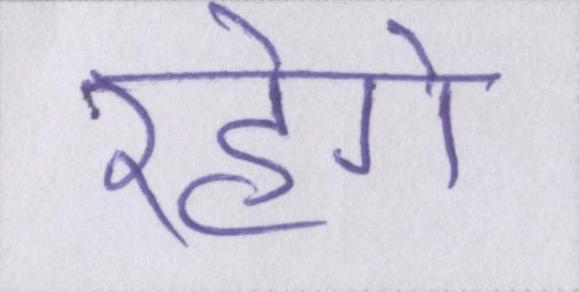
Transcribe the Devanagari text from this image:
रहेगे